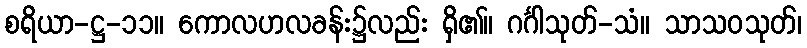
စရိယာ-ဋ္ဌ-၁၁။ ကောလဟလခန်း၌လည်း ရှိ၏။ ဂင်္ဂါသုတ်-သံ။ သာသဝသုတ်၊